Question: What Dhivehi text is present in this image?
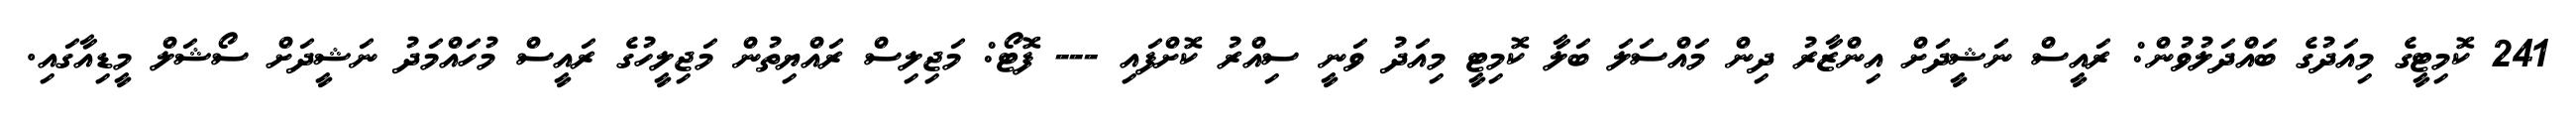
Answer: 241 ކޮމިޓީގެ މިއަދުގެ ބައްދަލުވުން: ރައީސް ނަޝީދަށް އިންޒާރު ދިން މައްސަލަ ބަލާ ކޮމިޓީ މިއަދު ވަނީ ސިއްރު ކޮށްފައި --- ފޮޓޯ: މަޖިލިސް ރައްޔިތުން މަޖިލީހުގެ ރައީސް މުހައްމަދު ނަޝީދަށް ސޯޝަލް މީޑިއާގައި.